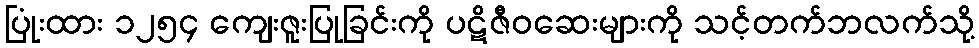
ပြုံးထား ၁၂၅၄ ကျေးဇူးပြုခြင်းကို ပဋိဇီဝဆေးများကို သင့်တက်ဘလက်သို့